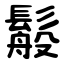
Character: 䰉